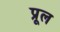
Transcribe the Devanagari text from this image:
प्रूल